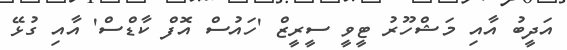
އަދީބު އާއި މަޝްހޫރު ޓީވީ ސީރީޒް 'ހައުސް އޮފް ކާޑްސް' އާއި ގުޅޭ